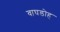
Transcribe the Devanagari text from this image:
वाघडोह